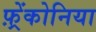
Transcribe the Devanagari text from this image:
फ़्रेंकोनिया